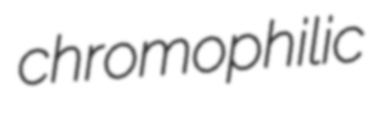
chromophilic